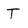
Character: T